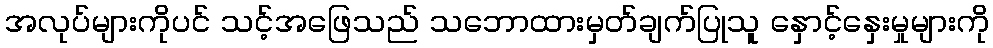
အလုပ်များကိုပင် သင့်အဖြေသည် သဘောထားမှတ်ချက်ပြုသူ နှောင့်နှေးမှုများကို